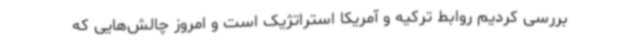
بررسی کردیم روابط ترکیه و آمریکا استراتژیک است و امروز چالش‌هایی که